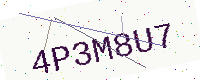
Text: 4P3M8U7